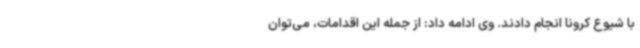
با شیوع کرونا انجام دادند. وی ادامه داد: از جمله این اقدامات، می‌توان